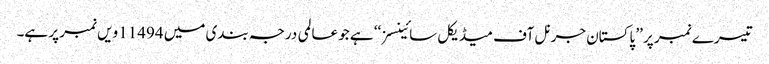
تیسرے نمبر پر ’’ پاکستان جرنل آف میڈیکل سائینسز ‘‘ ہے جو عالمی درجہ بندی میں 11494 ویں نمبر پر ہے۔